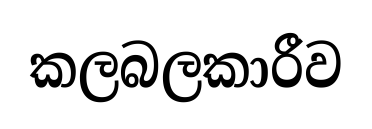
කලබලකාරීව